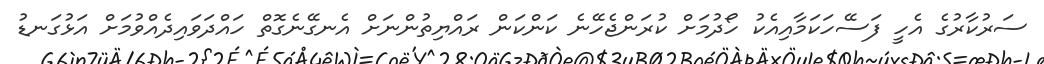
ސަރުކާރުގެ އެހީ ފަސޭހަކަމާއިއެކު ހޯދުމަށް ކުރަންޖެހޭނެ ކަންކަން ރައްޔިތުންނަށް އެނގޭނެގޮތް ހައްދަވައިދެއްވުމަށް އަޅުގަނޑު